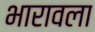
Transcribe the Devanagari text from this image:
भारावला